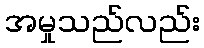
အမှုသည်လည်း